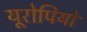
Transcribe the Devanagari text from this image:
यूरोपियो